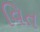
વિત